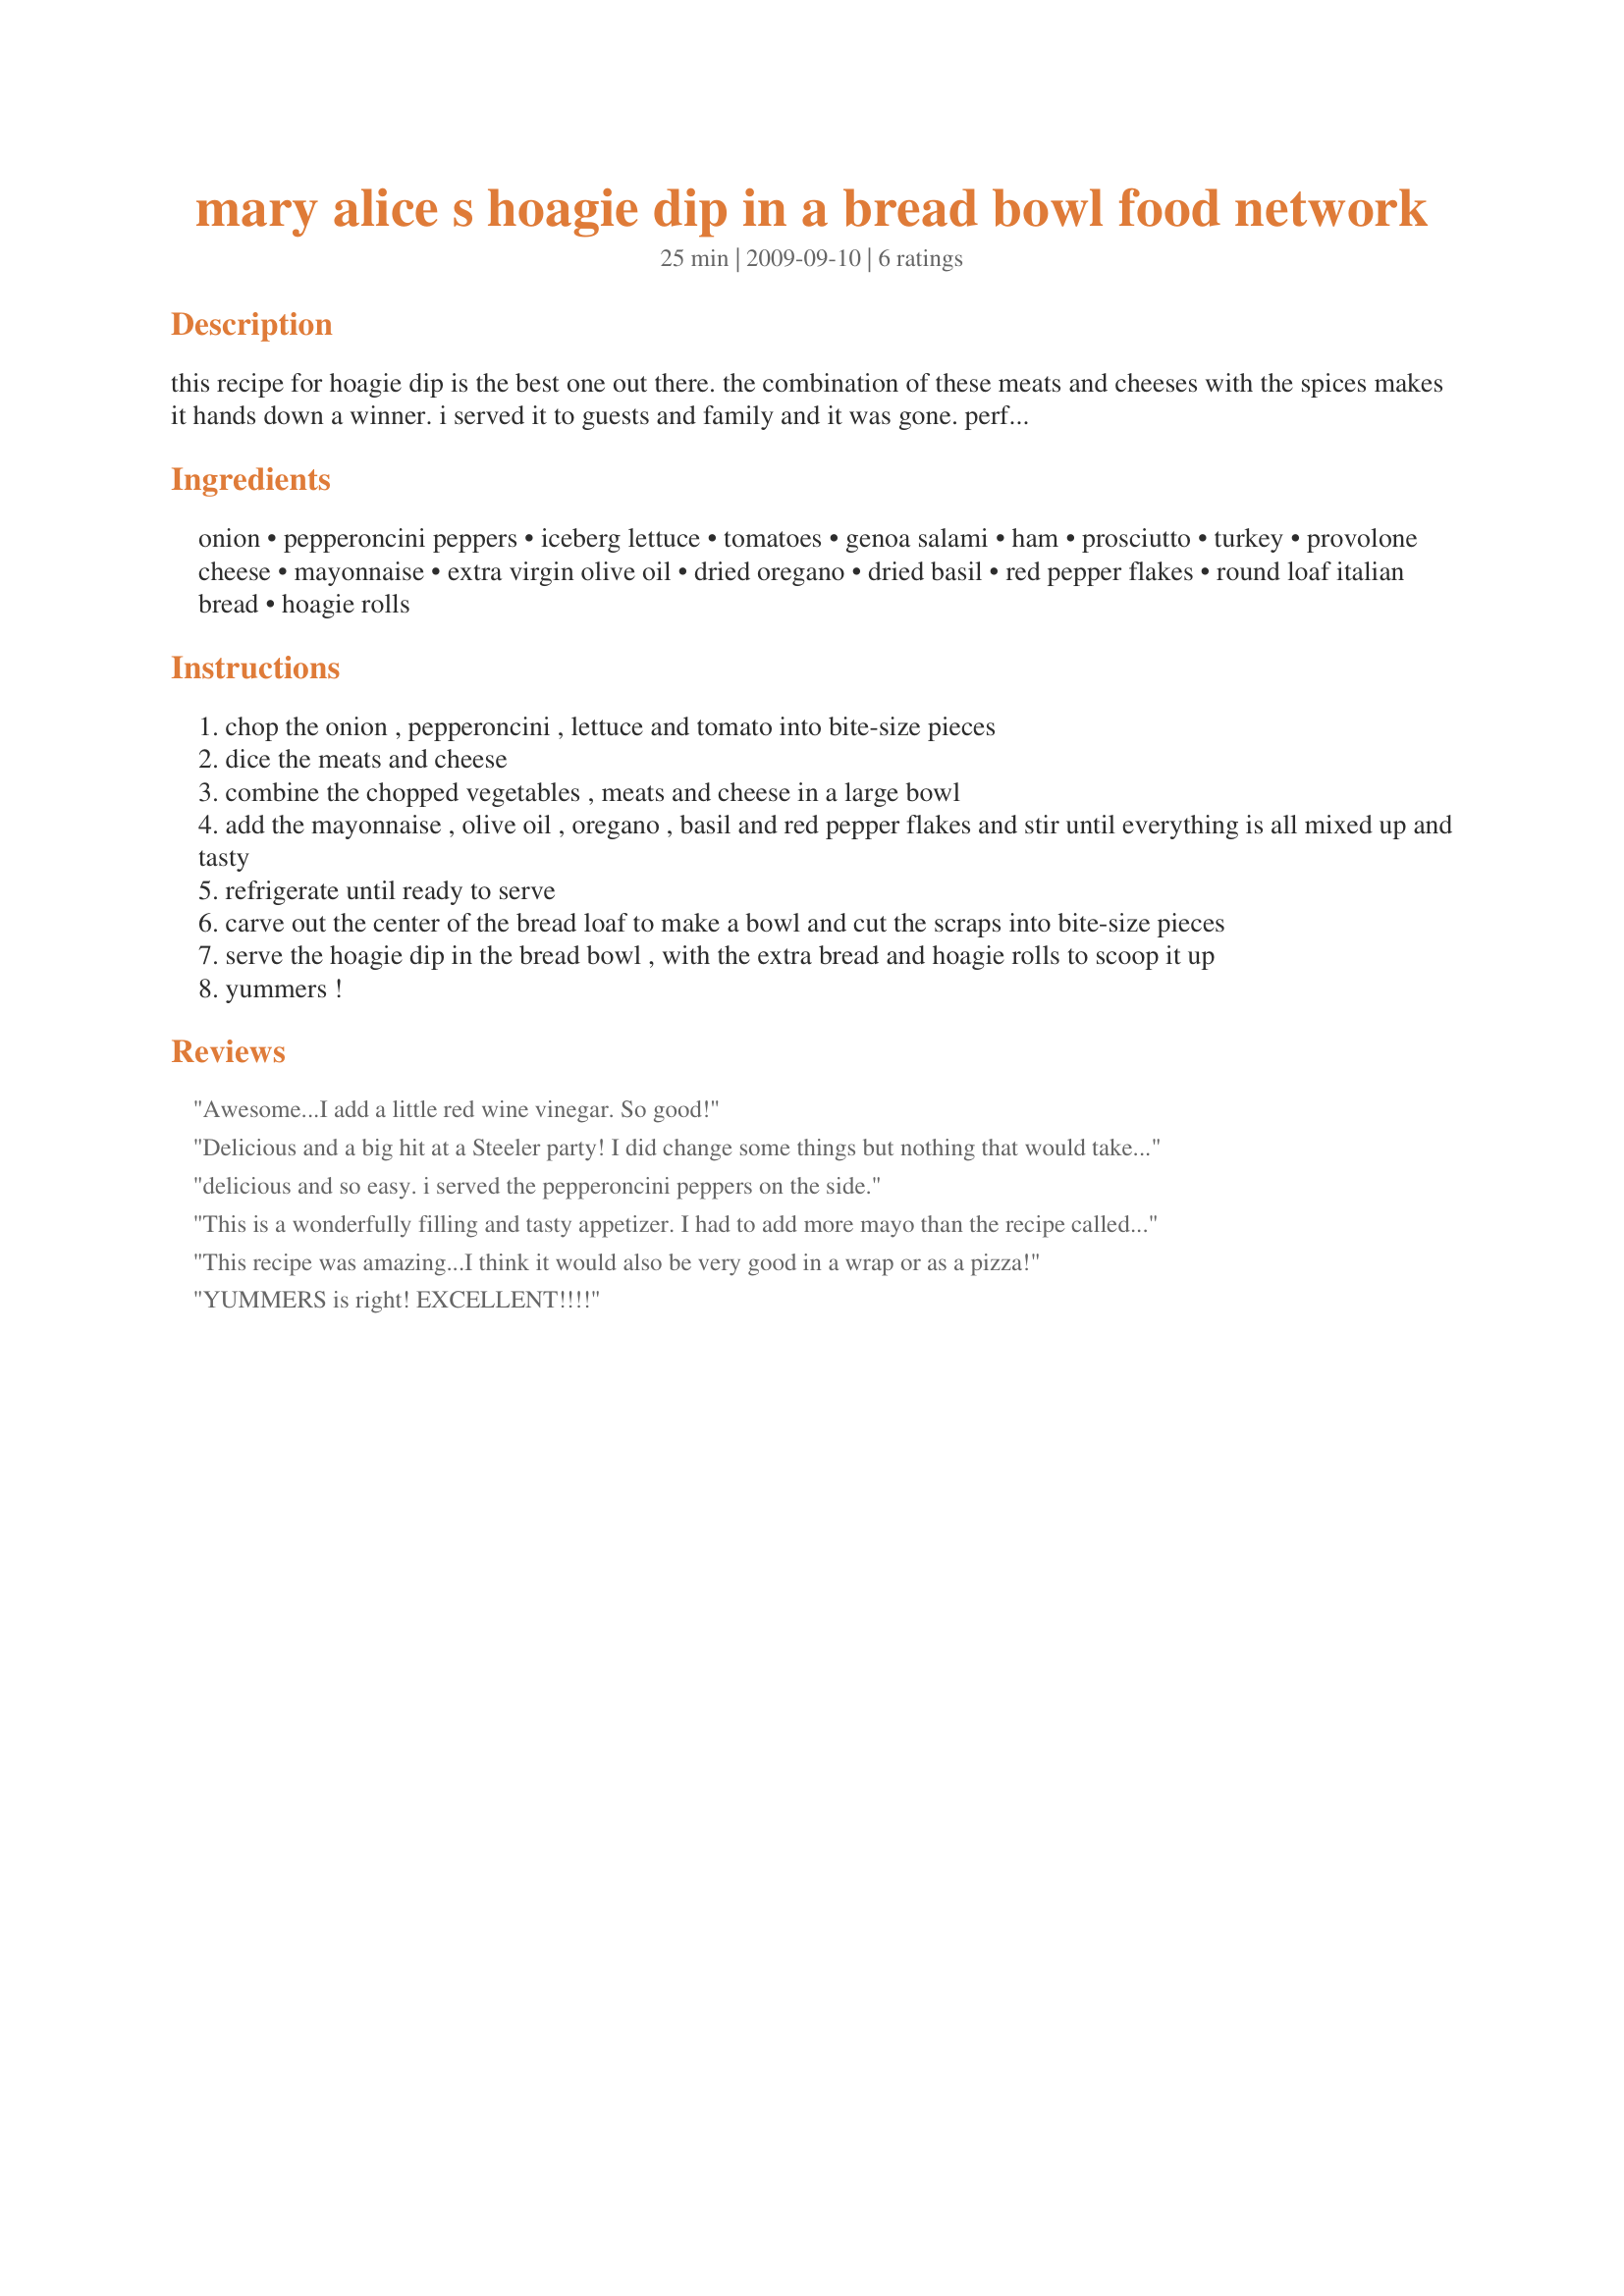
mary alice s hoagie dip in a bread bowl food network
Preparation time: 25 minutes

this recipe for hoagie dip is the best one out there. the combination of these meats and cheeses with the spices makes it hands down a winner. i served it to guests and family and it was gone. perfect for tailgates, football parties, gatherings or anyday on a sandwich. you will think you are on the east coast of the us in a deli. i got it out of food network magazine october 2009 edition. enjoy, i know we did! chefdlh

Ingredients:
onion, pepperoncini peppers, iceberg lettuce, tomatoes, genoa salami, ham, prosciutto, turkey, provolone cheese, mayonnaise, extra virgin olive oil, dried oregano, dried basil, red pepper flakes, round loaf italian bread, hoagie rolls

Steps:
chop the onion , pepperoncini , lettuce and tomato into bite-size pieces
dice the meats and cheese
combine the chopped vegetables , meats and cheese in a large bowl
add the mayonnaise , olive oil , oregano , basil and red pepper flakes and stir until everything is all mixed up and tasty
refrigerate until ready to serve
carve out the center of the bread loaf to make a bowl and cut the scraps into bite-size pieces
serve the hoagie dip in the bread bowl , with the extra bread and hoagie rolls to scoop it up
yummers !

Reviews:
Awesome...I add a little red wine vinegar. So good!
Delicious and a big hit at a Steeler party! I did change some things but nothing that would take away from the original recipe turning out just fine if you should choose to do so. Should have budgeted some extra time for dicing since I made this a little more &quot;finely&quot; than the recipe suggests so it could be eaten on bread as a chunky bruchetta topping. Got the meats (added salami) and cheeses (added cheddar-american) from the deli in chunks so I could chop it in small cubes instead of slices. Used chopped up grape tomatoes to keep it small. IMPORTANT: added about 2 T. of red wine vinegar (would use about 1T. for the recipe as written) and I increased the mayo just by about 1/3 to hold it together better since I had added that vinegar. Put shredded lettuce in just before serving. It tasted just like a hoagie, of course! The Steelers won the game so now it is obviously &quot;lucky hoagie dip!&quot;
delicious and so easy. i served the pepperoncini peppers on the side.
This is a wonderfully filling and tasty appetizer. I had to add more mayo than the recipe called for so it resembled a dip. I did not have the peppers, and think it really needs them. I substituted pickle and capers and added a few sprinkles of red wine vinegar. I will definitely make this again...maybe with some black and/or green olives too!
This recipe was amazing...I think it would also be very good in a wrap or as a pizza!
YUMMERS is right! EXCELLENT!!!!
